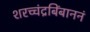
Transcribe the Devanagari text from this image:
शरच्चंद्रबिंबाननं